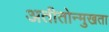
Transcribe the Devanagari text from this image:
अतीतोन्मुखता